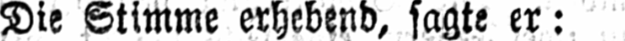
Die Stimme erhebend, sagte er: